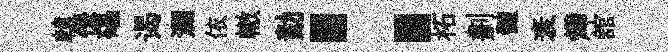
轅僚礧谒瀾依轍勣：柘劃髓衰燁舘